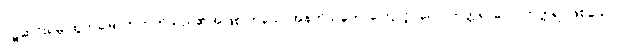
ဝဋ်ဆင်းရဲမှ ထွက်မြောက်တတ်သည်၏အဖြစ် ဟူသောအနက်သဘောကြောင့်။ လောကုတ္တရ၊ လောကုတ္တရာဖြစ်သော။